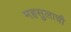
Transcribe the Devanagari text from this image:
महसुलाची